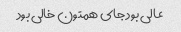
عالی بود جای همتون خالی بود